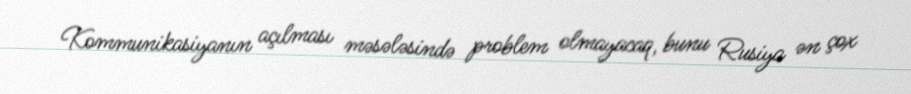
Kommunikasiyanın açılması məsələsində problem olmayacaq, bunu Rusiya ən çox